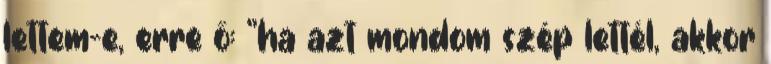
lettem-e, erre ő: "ha azt mondom szép lettél, akkor